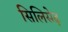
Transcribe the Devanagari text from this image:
सिलिसेढ़